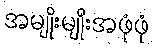
အမျိုးမျိုးအဖုံဖုံ